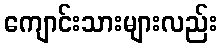
ကျောင်းသားများလည်း